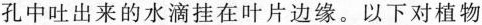
孔中吐出来的水滴挂在叶片边缘。以下对植物